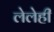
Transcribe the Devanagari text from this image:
लेलेही